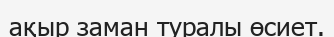
ақыр заман туралы өсиет.